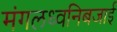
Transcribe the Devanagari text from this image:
मंगलध्वनिबजाई